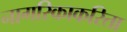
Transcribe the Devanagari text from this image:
नागरिकाकरिता